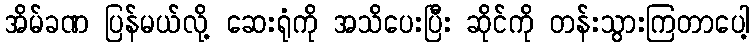
အိမ်ခဏ ပြန်မယ်လို့ ဆေးရုံကို အသိပေးပြီး ဆိုင်ကို တန်းသွားကြတာပေါ့